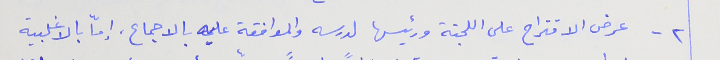
٢ - عرض الاقتراح على اللجنة ورئيسها لدرسه والموافقة عليه بالاجماع، إمّا بالاغلبية